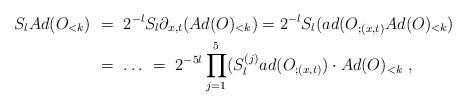
LaTeX: \begin{align*} S_{l} Ad(O_{<k}) \ &= \ 2^{-l}S_{l} \partial_{x,t} (Ad(O)_{<k}) = 2^{-l}S_{l} (ad(O_{;(x,t)} Ad(O)_{<k}) \ \\ &= \ \ldots \ = \ 2^{-5l}\prod_{j=1}^5 (S^{(j)}_{l} ad(O_{;(x,t)}) \cdot Ad(O)_{<k} \ , \end{align*}